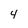
Character: 4